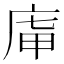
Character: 𢈤